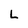
Character: L